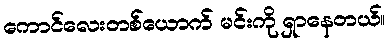
ကောင်လေးတစ်ယောက် မင်းကို ရှာနေတယ်။